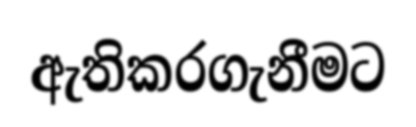
ඇතිකරගැනීමට